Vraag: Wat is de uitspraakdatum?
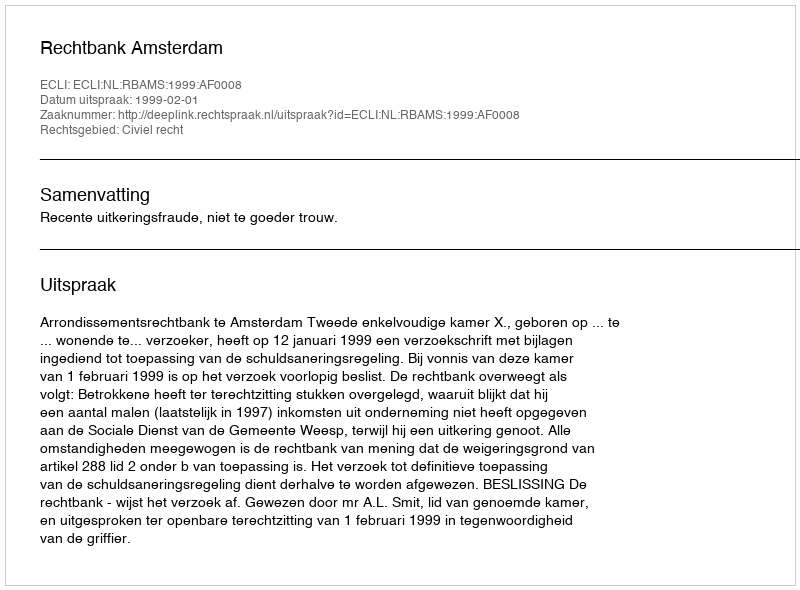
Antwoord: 1999-02-01